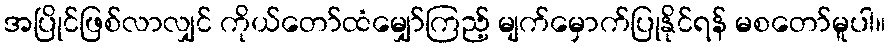
အပြိုင်ဖြစ်လာလျှင် ကိုယ်တော်ထံမျှော်ကြည့် မျက်မှောက်ပြုနိုင်ရန် မစတော်မူပါ။